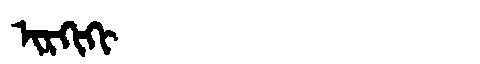
Manchu: ᡳᡵᡴᡳᡴᡳ
Romanization: IRKIKI